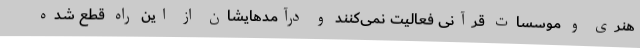
هنری و موسسات قرآنی فعالیت نمی‌کنند و درآمدهایشان از این راه قطع شده